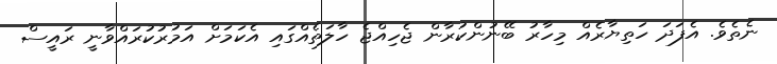
ނެތެވެ. އެފަދަ ހަތިޔާރެއް މިހާރު ބޭނުންކުރާން ޖެހިއްޖެ ހާލަތެއްގައި އެކަމަށް އަމުރުކުރައްވާނީ ރައީސް